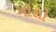
ગોલો